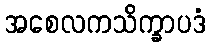
အစေလကသိက္ခာပဒံ